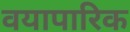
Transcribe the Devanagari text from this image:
वयापारिक